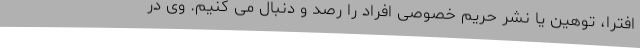
افترا، توهین یا نشر حریم خصوصی افراد را رصد و دنبال می کنیم. وی در